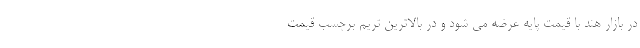
در بازار هند با قیمت پایه عرضه می شود و در بالاترین تریم برچسب قیمت